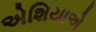
એશિયાએ